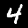
Label: 4